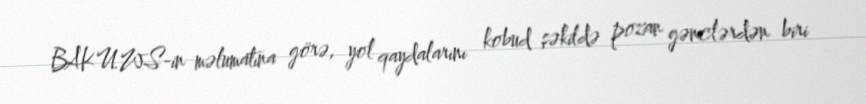
BAKU.WS-in məlumatına görə, yol qaydalarını kobud şəkildə pozan gənclərdən biri